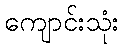
ကျောင်းသုံး